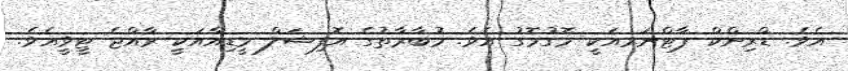
އެވެ. ޑްރިންކް ޕާޓްނަރއަކީ މޮގުމޮގު އެވެ. މުބާރާތުގެ އޮފިޝަލް މީޑިއާއަކީ ރާއްޖެ ޓީވީއެވެ.